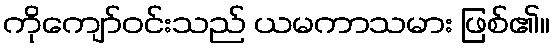
ကိုကျော်ဝင်းသည် ယမကာသမား ဖြစ်၏။